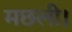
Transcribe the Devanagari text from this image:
मछली।